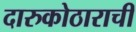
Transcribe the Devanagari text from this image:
दारुकोठाराची